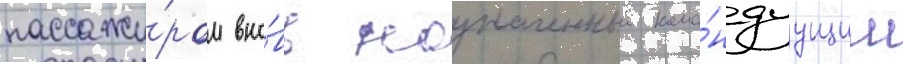
пассажи́ром вно́вь назначенныи кома́ндуущим